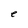
Character: e